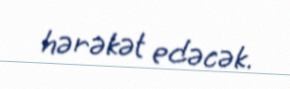
hərəkət edəcək.